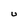
Character: U